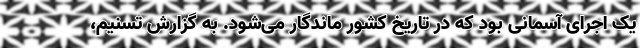
یک اجرای آسمانی بود که در تاریخ کشور ماندگار می‌شود. به گزارش تسنیم،